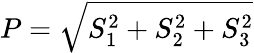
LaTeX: P={\sqrt{S_{1}^{2}+S_{2}^{2}+S_{3}^{2}}}